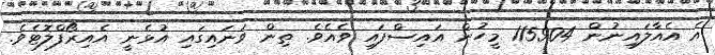
އެ އެއާލައިނުން 115